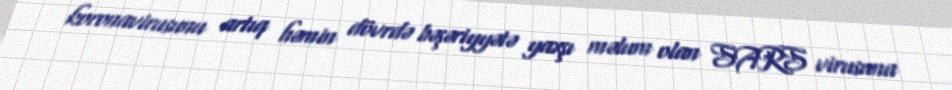
koronavirusunu artıq həmin dövrdə bəşəriyyətə yaxşı məlum olan SARS virusuna